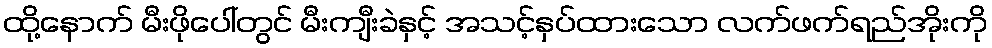
ထို့နောက် မီးဖိုပေါ်တွင် မီးကျီးခဲနှင့် အသင့်နှပ်ထားသော လက်ဖက်ရည်အိုးကို